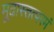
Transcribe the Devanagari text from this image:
मूढास्तत्परमं